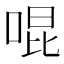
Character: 𪡓